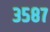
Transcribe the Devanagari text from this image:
३५८७